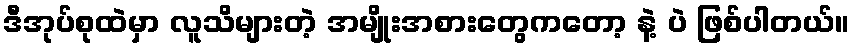
ဒီအုပ်စုထဲမှာ လူသိများတဲ့ အမျိုးအစားတွေကတော့ နဲ့ ပဲ ဖြစ်ပါတယ်။